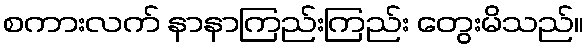
စကားလက် နာနာကြည်းကြည်း တွေးမိသည်။